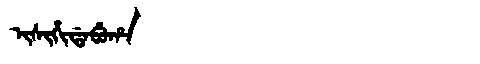
Manchu: ᡳᠰᡳᡥᡳᡩᠠᠪᡠᡥᠠ
Romanization: ISIHIDABUHA